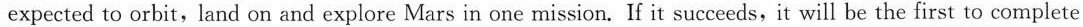
all of these tasks in one mission. It will take the Tian wen-l probe seven months to reach the planet and